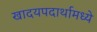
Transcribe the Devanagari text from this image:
खादयपदार्थामध्ये